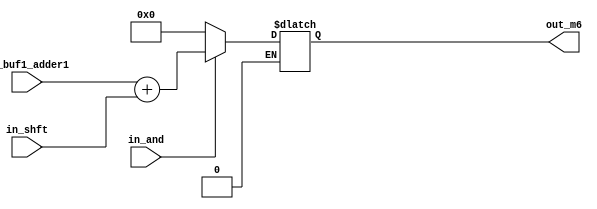
//

module adder2(in_buf1_adder1,in_shft,in_and,out_m6);

//input
input [5:0]in_buf1_adder1,in_shft;
input in_and;

//output
output [5:0]out_m6;

//type
wire [5:0] in_buf1_adder1,in_shft;
wire in_and;

reg [5:0] out_m6;

always @ (*)
begin
if( in_and == 1'b1)
begin
out_m6[5:0] = in_buf1_adder1[5:0] + in_shft[5:0];
end
else
if(in_and == 1'b0)
begin
out_m6[5:0] = 6'b000000;
end

end
endmodule